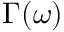
\Gamma ( \omega )